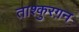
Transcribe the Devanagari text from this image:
ताश्कुरग़न